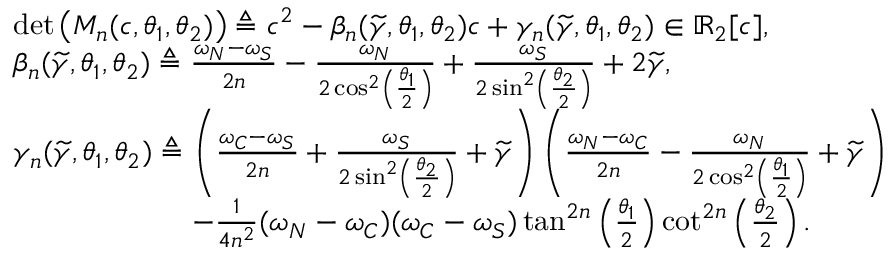
\begin{array} { r l } & { \operatorname* { d e t } \big ( M _ { n } ( c , \theta _ { 1 } , \theta _ { 2 } ) \big ) \triangleq c ^ { 2 } - \beta _ { n } ( \widetilde { \gamma } , \theta _ { 1 } , \theta _ { 2 } ) c + \gamma _ { n } ( \widetilde { \gamma } , \theta _ { 1 } , \theta _ { 2 } ) \in \mathbb { R } _ { 2 } [ c ] , } \\ & { \beta _ { n } ( \widetilde { \gamma } , \theta _ { 1 } , \theta _ { 2 } ) \triangleq \frac { \omega _ { N } - \omega _ { S } } { 2 n } - \frac { \omega _ { N } } { 2 \cos ^ { 2 } \left( \frac { \theta _ { 1 } } { 2 } \right) } + \frac { \omega _ { S } } { 2 \sin ^ { 2 } \left( \frac { \theta _ { 2 } } { 2 } \right) } + 2 \widetilde { \gamma } , } \\ & { \gamma _ { n } ( \widetilde { \gamma } , \theta _ { 1 } , \theta _ { 2 } ) \triangleq \left( \frac { \omega _ { C } - \omega _ { S } } { 2 n } + \frac { \omega _ { S } } { 2 \sin ^ { 2 } \left( \frac { \theta _ { 2 } } { 2 } \right) } + \widetilde { \gamma } \right) \left( \frac { \omega _ { N } - \omega _ { C } } { 2 n } - \frac { \omega _ { N } } { 2 \cos ^ { 2 } \left( \frac { \theta _ { 1 } } { 2 } \right) } + \widetilde { \gamma } \right) } \\ & { \qquad \qquad \qquad - \frac { 1 } { 4 n ^ { 2 } } ( \omega _ { N } - \omega _ { C } ) ( \omega _ { C } - \omega _ { S } ) \tan ^ { 2 n } \left( \frac { \theta _ { 1 } } { 2 } \right) \cot ^ { 2 n } \left( \frac { \theta _ { 2 } } { 2 } \right) . } \end{array}